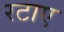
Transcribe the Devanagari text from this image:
रटाए